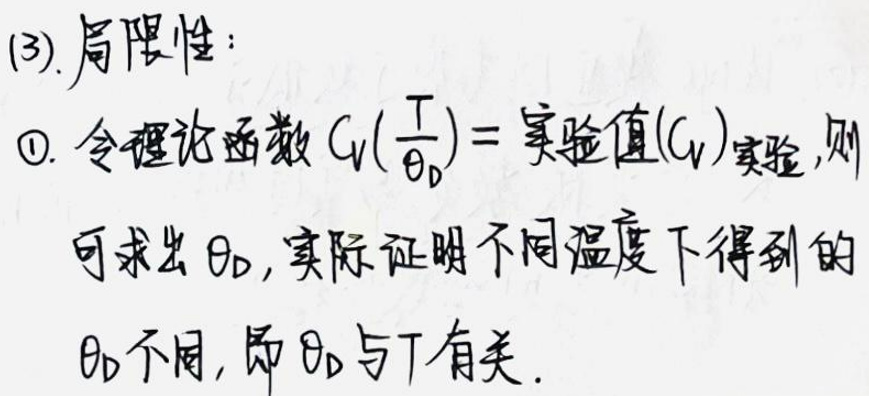
\(3).局限性：\\
$\textcircled{1}$.令理论函数\(C_{V}(\frac{T}{\theta_{D}})=实验值(C_{V})_{实验}\)，则\\
可求出\(\theta_{D}\)，实际证明不同温度下得到的\\
\(\theta_{D}\)不同，即\(\theta_{D}\)与\(T\)有关。\)